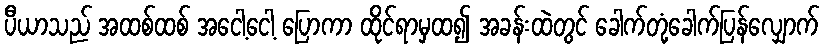
ပီယာသည် အထစ်ထစ် အငေါ့ငေါ့ ပြောကာ ထိုင်ရာမှထ၍ အခန်းထဲတွင် ခေါက်တုံ့ခေါက်ပြန်လျှောက်